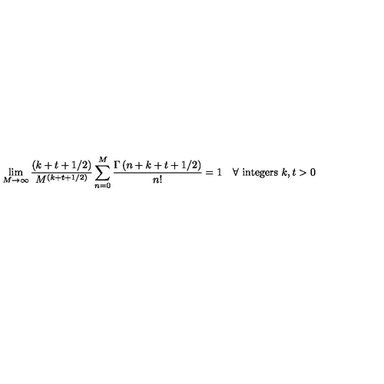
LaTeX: \lim _ { M \rightarrow \infty } { \frac { ( k + t + 1 / 2 ) } { M ^ { ( k + t + 1 / 2 ) } } } \sum _ { n = 0 } ^ { M } { \frac { \Gamma \left( n + k + t + 1 / 2 \right) } { n ! } } = 1 \quad \forall \ \mathrm { i n t e g e r s } \ k , t > 0